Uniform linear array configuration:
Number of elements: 24
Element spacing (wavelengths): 0.75
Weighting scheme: cosine
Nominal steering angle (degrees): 30
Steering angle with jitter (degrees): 29.765
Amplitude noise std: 0.05
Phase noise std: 0.05

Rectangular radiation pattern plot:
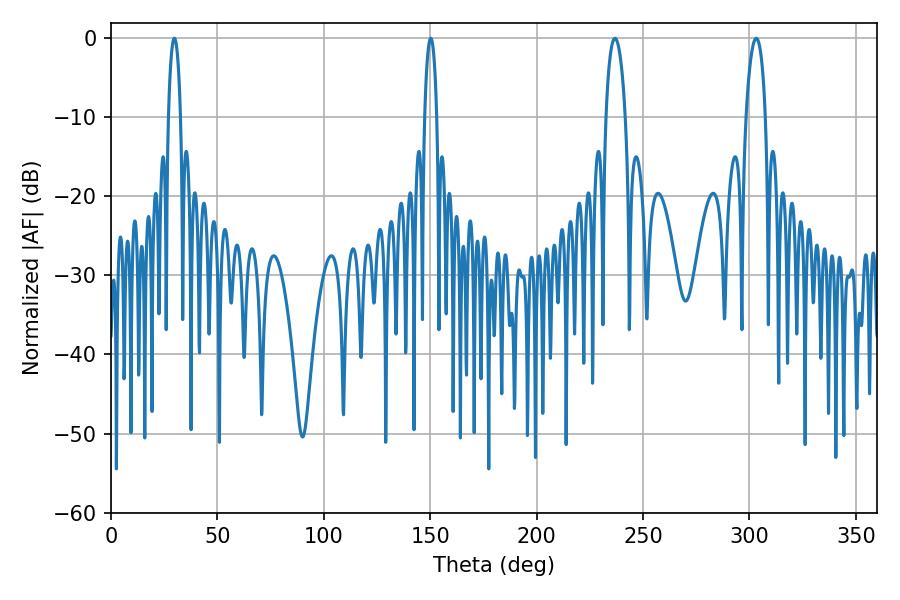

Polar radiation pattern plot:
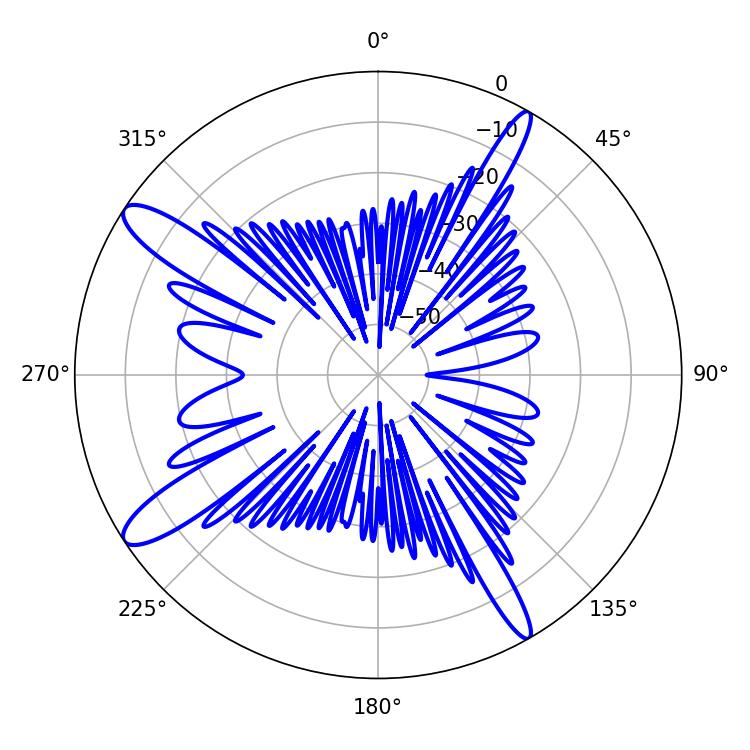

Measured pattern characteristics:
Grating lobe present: TRUE
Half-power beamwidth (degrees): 5.22
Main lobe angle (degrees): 303.12